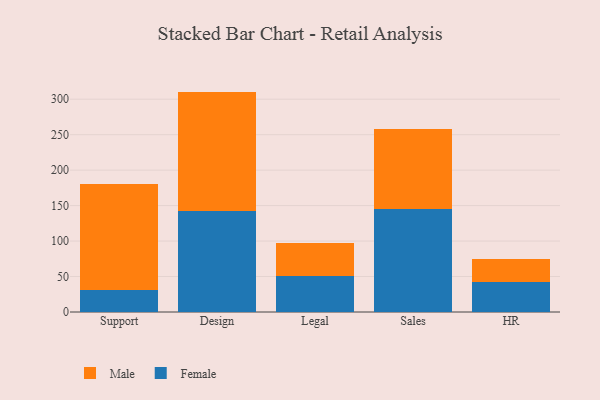
{"axis": {"x": "Department", "y": "Humidity (%)"}, "legend": ["Female", "Male"], "data": [{"x": "Support", "y": 30.6, "type": "Female"}, {"x": "Support", "y": 149.4, "type": "Male"}, {"x": "Design", "y": 142.7, "type": "Female"}, {"x": "Design", "y": 168.0, "type": "Male"}, {"x": "Legal", "y": 50.4, "type": "Female"}, {"x": "Legal", "y": 46.4, "type": "Male"}, {"x": "Sales", "y": 145.1, "type": "Female"}, {"x": "Sales", "y": 113.3, "type": "Male"}, {"x": "HR", "y": 41.8, "type": "Female"}, {"x": "HR", "y": 33.0, "type": "Male"}]}